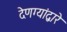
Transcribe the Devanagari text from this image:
देणग्यांद्वारे